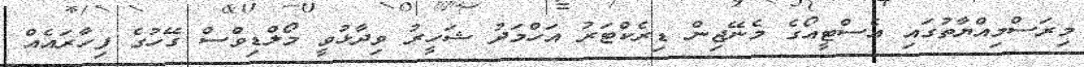
މިރަސްމިއްޔާތުގައި އެސްޓީއޯގެ މެނޭޖިން ޑިރެކްޓަރު އަހްމަދު ޝަހީރު ވިދާޅުވީ މޯލްޑިވްސް ގޭހުގެ ފިހާރައެއް